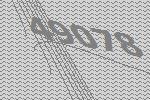
49078